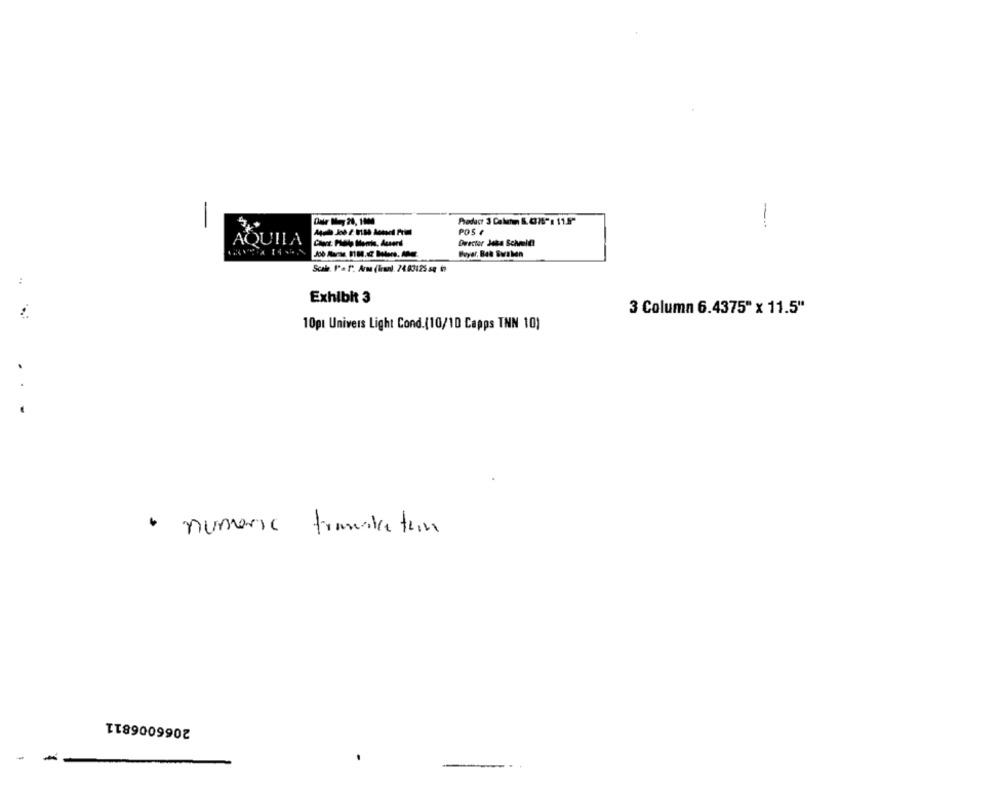
-
Product 3 Calm K. (37:"'s 11.5"
POS ¢
AQUILA
Duecter Joka Scheelt!
Buyer. Bak Swaben
Exhibit 3
3 Column 6.4375" x 11.5"
10pt Univers Light Cond.(10/10 Capps TNN 10)
· numeric translation
2066006811